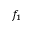
f _ { 1 }